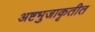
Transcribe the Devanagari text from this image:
अष्टभुजाकृतीत